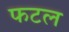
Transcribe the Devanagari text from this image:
फटल